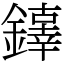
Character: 𨬕